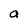
Character: a